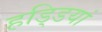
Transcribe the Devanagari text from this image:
हडि्डयां